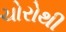
ચોરોથી